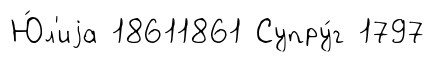
Ю́л'иjа 18611861 Супру́г 1797